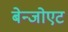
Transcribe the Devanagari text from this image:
बेन्जोएट